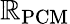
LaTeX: \mathbb{R}_{\mathrm{{PCM}}}